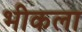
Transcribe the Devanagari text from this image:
भीकला